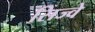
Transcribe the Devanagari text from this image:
सिज्वे